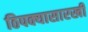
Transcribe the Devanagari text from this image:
ठिपक्यासारखी